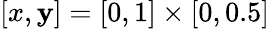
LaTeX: [x,\mathbf{y}]=[0,1]\times[0,0.5]